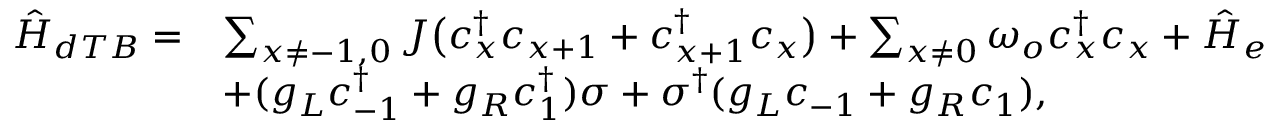
\begin{array} { r l } { \hat { H } _ { d T B } = } & { \sum _ { x \ne - 1 , 0 } J \big ( c _ { x } ^ { \dagger } c _ { x + 1 } + c _ { x + 1 } ^ { \dagger } c _ { x } \big ) + \sum _ { x \ne 0 } \omega _ { o } c _ { x } ^ { \dagger } c _ { x } + \hat { H } _ { e } } \\ & { + ( g _ { L } c _ { - 1 } ^ { \dagger } + g _ { R } c _ { 1 } ^ { \dagger } ) \sigma + \sigma ^ { \dagger } ( g _ { L } c _ { - 1 } + g _ { R } c _ { 1 } ) , } \end{array}